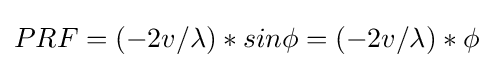
PRF=(-2v/\lambda )*sin\phi =(-2v/\lambda )*\phi